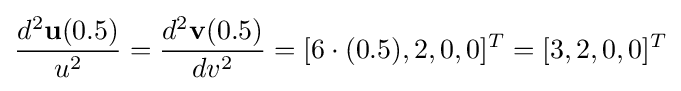
{\frac {d^{2}\mathbf {u} (0.5)}{u^{2}}}={\frac {d^{2}\mathbf {v} (0.5)}{dv^{2}}}=[6\cdot (0.5),2,0,0]^{T}=[3,2,0,0]^{T}